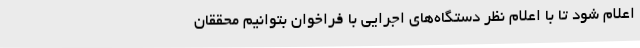
اعلام شود تا با اعلام نظر دستگاه‌های اجرایی با فراخوان بتوانیم محققان